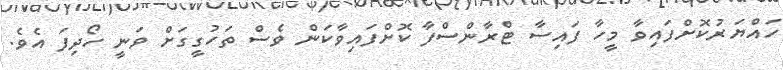
ހައްޔަރުކޮށްފައިވާ މީހާ ފައިސާ ޓްރާންސްފާ ކޮށްފައިވާކަން ވެސް ތަހުގީގަށް ވަނީ ހޯދިފަ އެވެ.